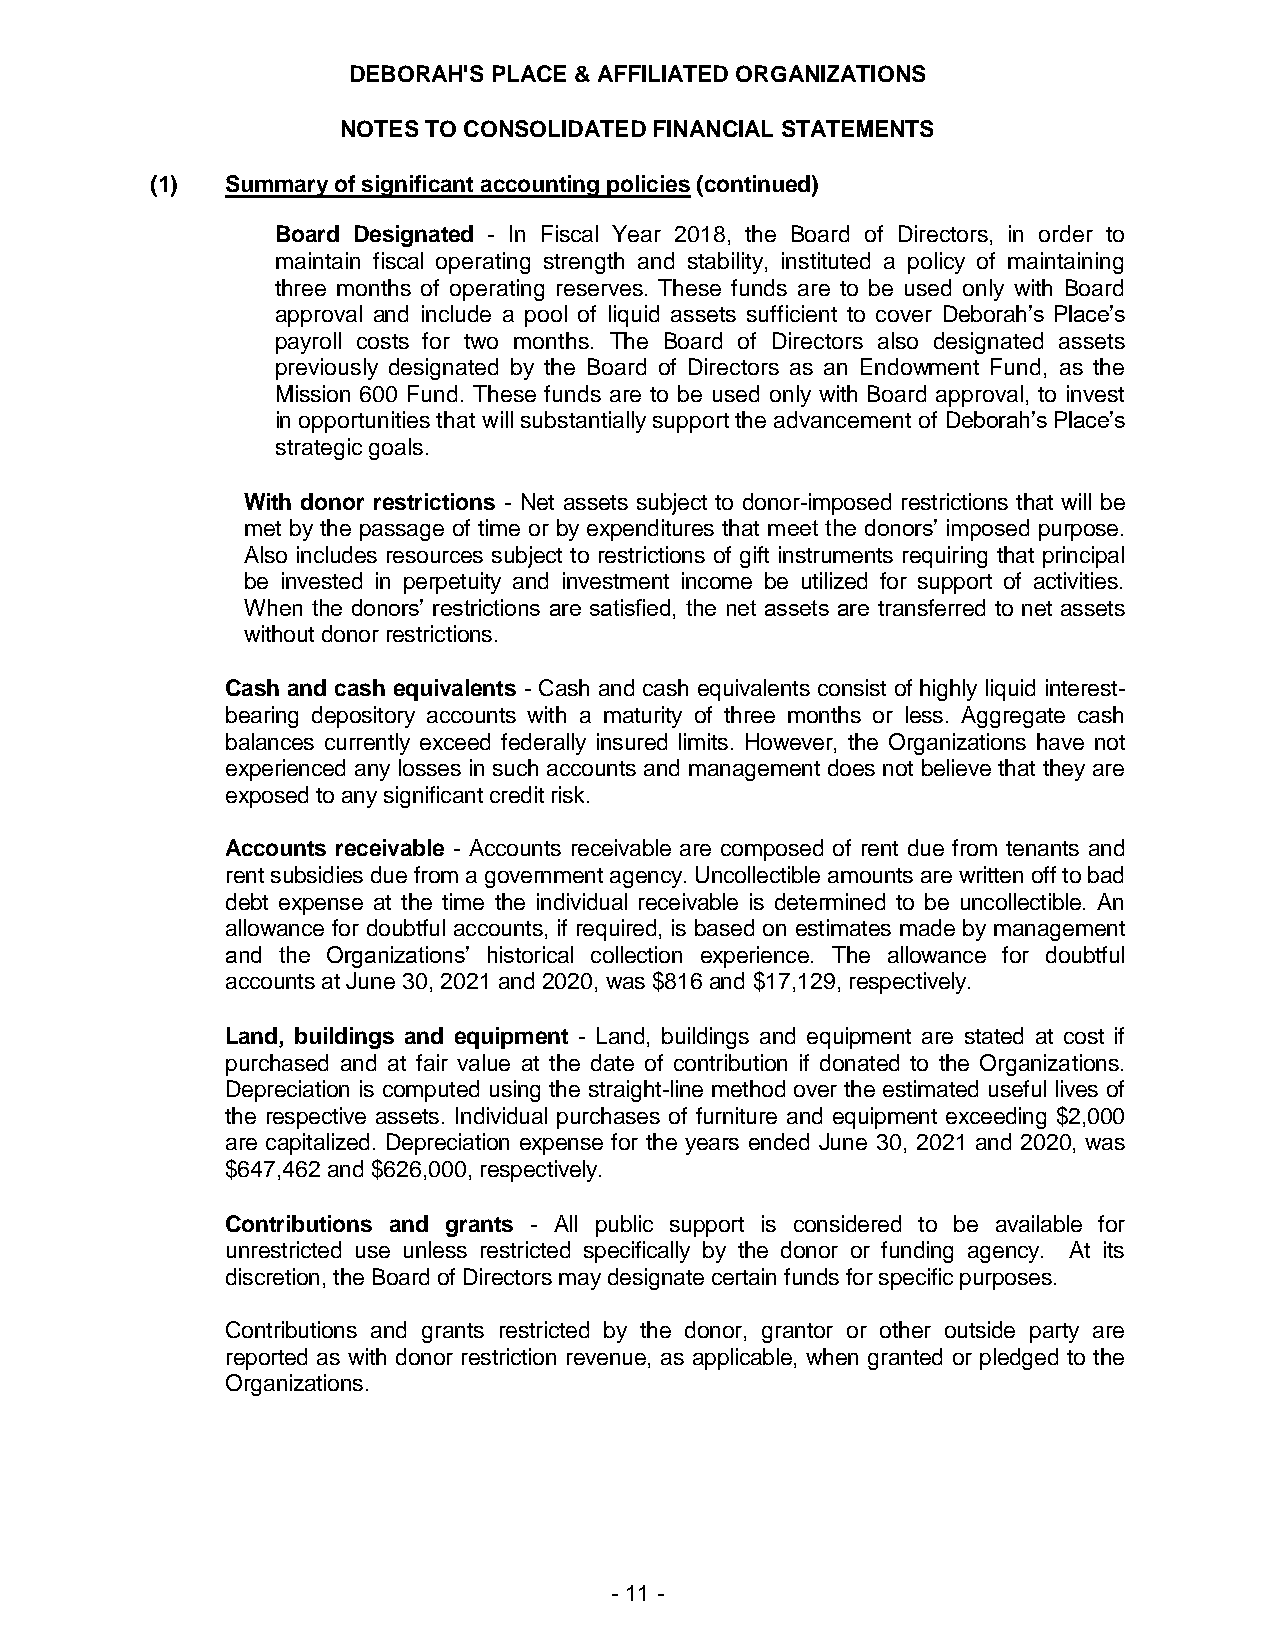
DEBORAH'S PLACE & AFFILIATED ORGANIZATIONS
 NOTES TO CONSOLIDATED FINANCIAL STATEMENTS
 (1)  Summary of significant accounting policies (continued)
 Board Designated - In Fiscal Year 2018, the Board of Directors, in order to
 maintain fiscal operating strength and stability, instituted a policy of maintaining
 three months of operating reserves. These funds are to be used only with Board
 approval and include a pool of liquid assets sufficient to cover Deborah’s Place’s
 payroll costs for two months. The Board of Directors also designated assets
 previously designated by the Board of Directors as an Endowment Fund, as the
 Mission 600 Fund. These funds are to be used only with Board approval, to invest
 in opportunities that will substantially support the advancement of Deborah’s Place’s
 strategic goals.
 With donor restrictions - Net assets subject to donor-imposed restrictions that will be
 met by the passage of time or by expenditures that meet the donors’ imposed purpose.
 Also includes resources subject to restrictions of gift instruments requiring that principal
 be invested in perpetuity and investment income be utilized for support of activities.
 When the donors’ restrictions are satisfied, the net assets are transferred to net assets
 without donor restrictions.
 Cash and cash equivalents - Cash and cash equivalents consist of highly liquid interest-
 bearing depository accounts with a maturity of three months or less. Aggregate cash
 balances currently exceed federally insured limits. However, the Organizations have not
 experienced any losses in such accounts and management does not believe that they are
 exposed to any significant credit risk.
 Accounts receivable - Accounts receivable are composed of rent due from tenants and
 rent subsidies due from a government agency. Uncollectible amounts are written off to bad
 debt expense at the time the individual receivable is determined to be uncollectible. An
 allowance for doubtful accounts, if required, is based on estimates made by management
 and the Organizations’ historical collection experience. The allowance for doubtful
 accounts at June 30, 2021 and 2020, was $816 and $17,129, respectively.
 Land, buildings and equipment - Land, buildings and equipment are stated at cost if
 purchased and at fair value at the date of contribution if donated to the Organizations.
 Depreciation is computed using the straight-line method over the estimated useful lives of
 the respective assets. Individual purchases of furniture and equipment exceeding $2,000
 are capitalized. Depreciation expense for the years ended June 30, 2021 and 2020, was
 $647,462 and $626,000, respectively.
 Contributions and grants - All public support is considered to be available for
 unrestricted use unless restricted specifically by the donor or funding agency. At its
 discretion, the Board of Directors may designate certain funds for specific purposes.
 Contributions and grants restricted by the donor, grantor or other outside party are
 reported as with donor restriction revenue, as applicable, when granted or pledged to the
 Organizations.
 - 11 -